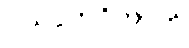
ပိယပ္ပဘဝိကာတိ